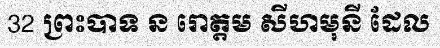
32 ព្រះបាទ ន រោត្តម សីហមុនី ដែល